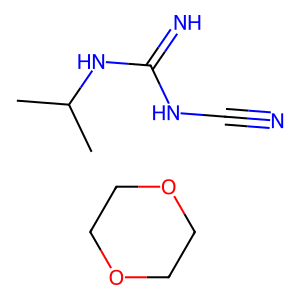
SMILES: C1COCCO1.CC(C)NC(=N)NC#N
Inhibits HIV replication: No